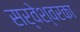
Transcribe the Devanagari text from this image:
सर्वेश्वरका